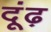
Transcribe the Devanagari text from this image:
दूंढ़